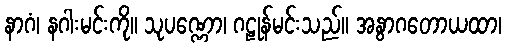
နာဂံ၊ နဂါးမင်းကို။ သုပဏ္ဏော၊ ဂဠုန်မင်းသည်။ အနွာဂတောယထာ၊